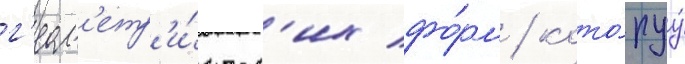
г'еом'етр'и́ческ'их фо́рм / кото́руу